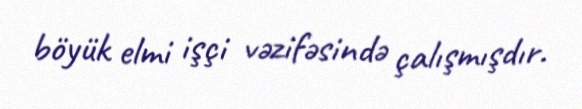
böyük elmi işçi vəzifəsində çalışmışdır.